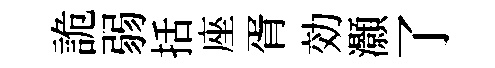
詭弱括座胥効灝了